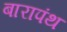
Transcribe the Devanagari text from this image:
बारापंथ